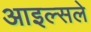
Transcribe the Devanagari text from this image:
आइल्सले